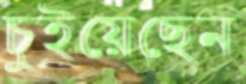
চুইয়েছেন